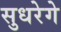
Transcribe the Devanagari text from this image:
सुधरेगे